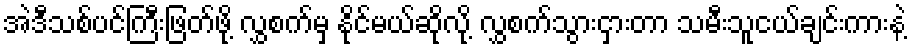
အဲဒီသစ်ပင်ကြီးဖြတ်ဖို့ လွှစက်မှ နိုင်မယ်ဆိုလို့ လွှစက်သွားငှားတာ သမီးသူငယ်ချင်းကားနဲ့